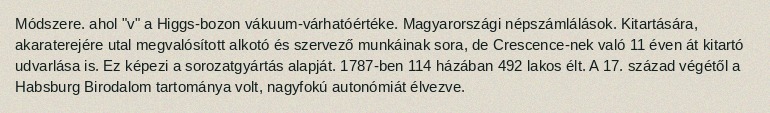
Módszere. ahol "v" a Higgs-bozon vákuum-várhatóértéke. Magyarországi népszámlálások. Kitartására, akaraterejére utal megvalósított alkotó és szervező munkáinak sora, de Crescence-nek való 11 éven át kitartó udvarlása is. Ez képezi a sorozatgyártás alapját. 1787-ben 114 házában 492 lakos élt. A 17. század végétől a Habsburg Birodalom tartománya volt, nagyfokú autonómiát élvezve.